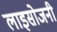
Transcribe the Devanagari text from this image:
लाइसोजनी